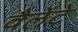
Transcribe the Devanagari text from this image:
वैलेंटे